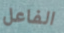
الفاعل